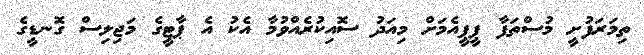
ތިމަރަފުށީ މުސްތަފާ ޕީޕީއެމަށް މިއަދު ސޮއިކުރެއްވުމާ އެކު އެ ޕާޓީގެ މަޖިލިސް ގޮނޑީގެ